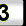
Digit: 3